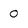
Character: 0